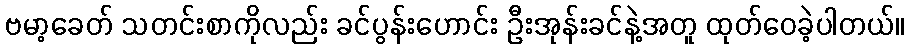
ဗမာ့ခေတ် သတင်းစာကိုလည်း ခင်ပွန်းဟောင်း ဦးအုန်းခင်နဲ့အတူ ထုတ်ဝေခဲ့ပါတယ်။